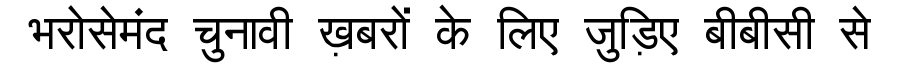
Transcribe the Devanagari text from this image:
भरोसेमंद चुनावी ख़बरों के लिए जुड़िए बीबीसी से